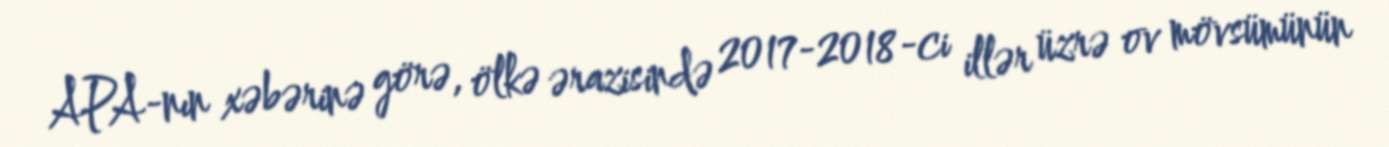
APA-nın xəbərinə görə, ölkə ərazisində 2017-2018-ci illər üzrə ov mövsümünün